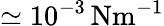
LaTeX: \simeq 10^{-3}\, \mathrm{{Nm^{-1}}}